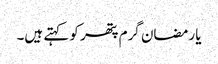
یا رمضان گرم پتھر کو کہتے ہیں۔